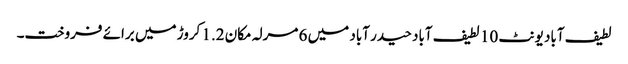
لطیف آباد یونٹ 10 لطیف آباد حیدر آباد میں 6 مرلہ مکان 1.2 کروڑ میں برائے فروخت۔